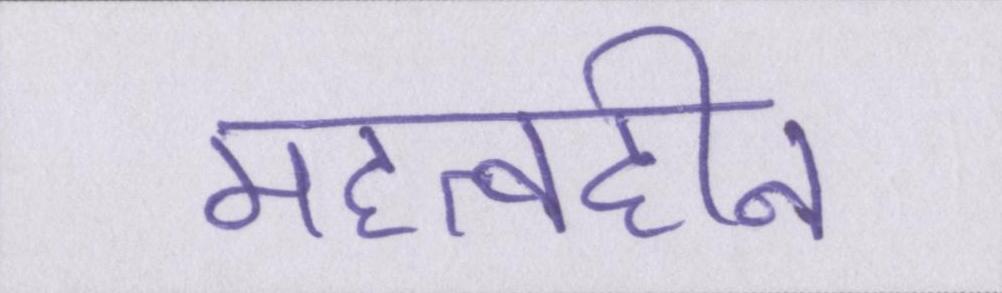
महत्वहीन